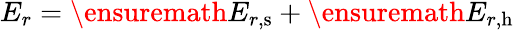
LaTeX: E_{r}=\ensuremath{E_{r,\mathrm{s}}}+\ensuremath{E_{r,\mathrm{h}}}